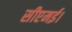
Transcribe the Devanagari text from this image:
सीएमई।